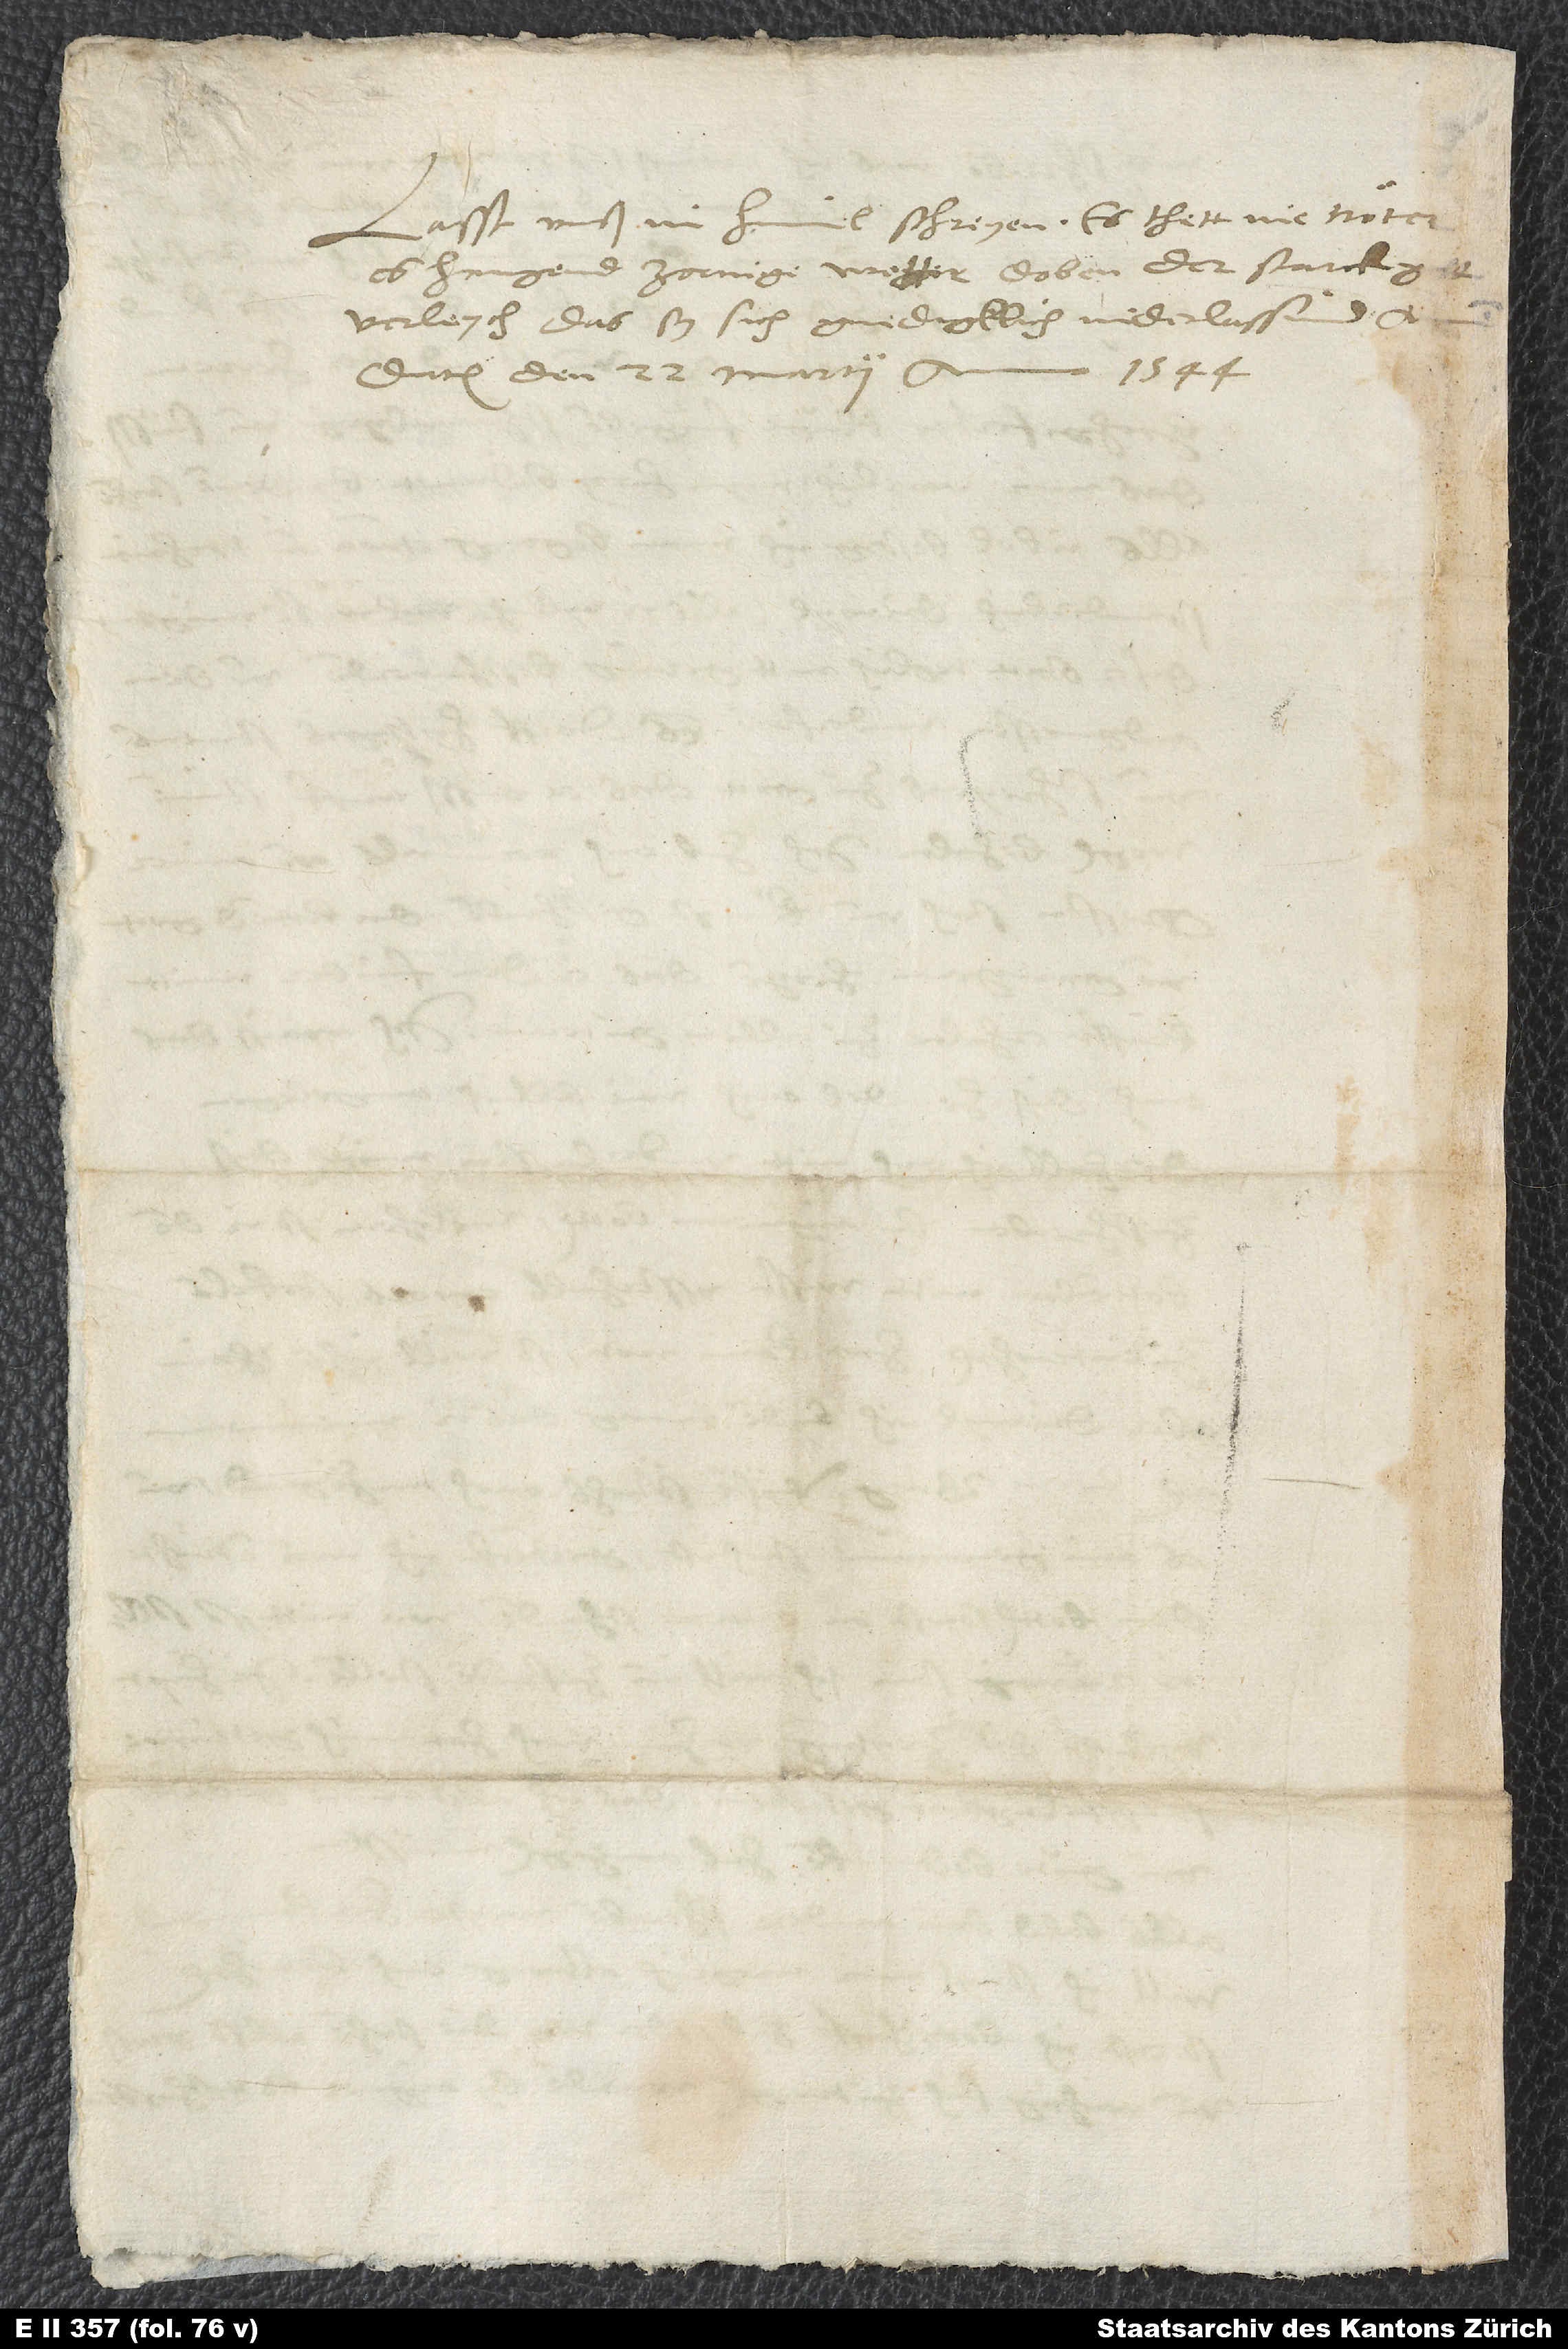
Lasst unß in himel schreyen. Es thett nie nöter;
es hangend zornige wetter doben. Der starck g.
Datum den 22. martii anno 1544.